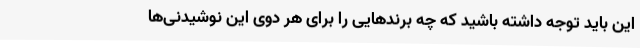
این باید توجه داشته باشید که چه برندهایی را برای هر دوی این نوشیدنی‌ها